Vaccine operations Central Provinces & Berar 1922-1929 - 1922-1929
Year: 1922
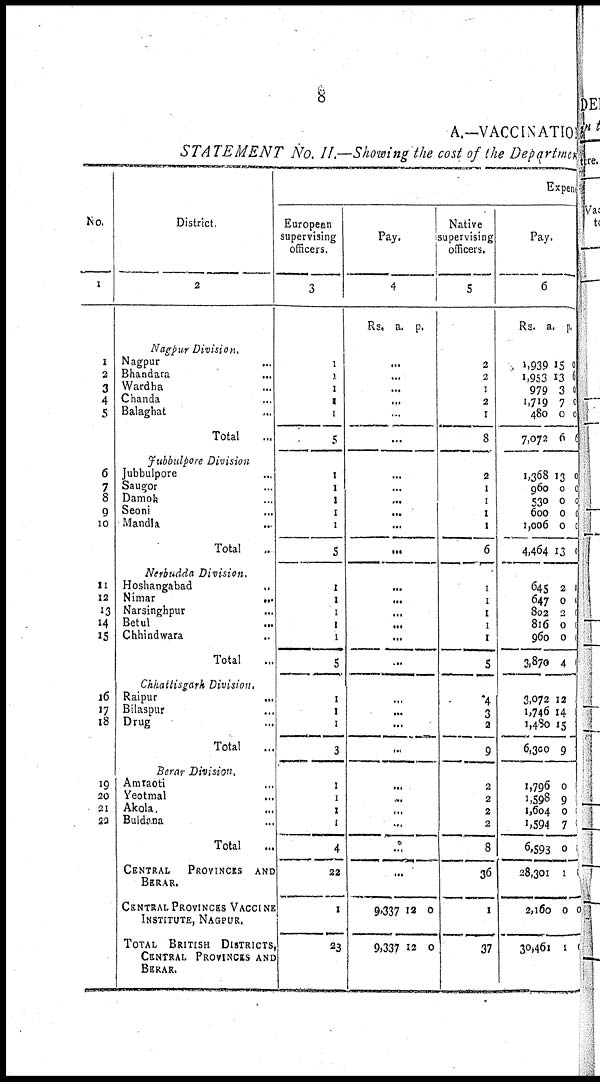
8
A.—VACCINATION
STATEMENT No. II.—Showing the cost of the Department
No.
1
1
2
3
4
5
6
7
8
9
10
11
12
13
14
15
16
17
18
19
20
21
22
District.
2
Nagpur Division.
Nagpur...
Bhandara...
Wardha...
Chanda...
Balaghat...
Total ...
Jubbulpore Division
Jubbulpore ...
Saugor...
Damoh...
Seoni...
Mandla...
Total ...
Nerbudda Division.
Hoshangabad...
Nimar..
Narsinghpur...
Betul...
Chhindwara...
Total...
Chhattisgarh Division.
Raipur...
Bilaspur...
Drug...
Total...
Berar Division.
Amraoti...
Yeotmal...
Akola...
Buldana...
Total...
CENTRAL PROVINCES AND
BERAR.
CENTRAL PROVINCES VACCINE
INSTITUTE, NAGPUR.
TOTAL BRITISH DISTRICTS,
CENTRAL PROVINCES AND
BERAR.
Expend
European
supervising
officers.
3
1
1
1
1
1
5
1
1
1
1
1
5
1
1
1
1
1
5
1
1
1
3
1
1
1
1
4
22
1
23
Pay.
4
Rs. a. p.
...
...
...
...
...
...
...
...
...
...
...
...
...
...
...
...
...
...
...
...
...
...
...
...
...
...
...
...
9,337
9,337
12
12
0
0
Native
supervising
officers.
5
2
2
1
2
1
8
2
1
1
1
1
6
1
1
1
1
1
5
4
3
2
9
2
2
2
2
8
36
1
37
Pay.
6
Rs.
a.
p.
1,939
1,953
979
1,719
480
7,072
1,368
960
530
600
1,006
4,464
645
647
802
816
960
3,870
3,072
1,746
1,480
6,300
1,796
1,598
1,604
1,594
6,593
28,301
2,160
30,461
15
13
3
7
0
6
13
0
0
0
0
13
2
0
2
0
0
4
12
14
15
9
0
9
0
7
0
1
0
1
0
6
0
0
0
6
0
0
0
0
0
0
0
0
0
0
0
0
0
0
0
0
0
0
0
0
0
0
0
0